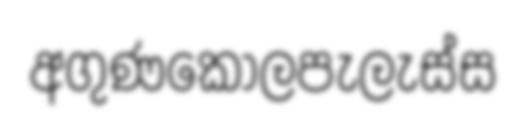
අගුණකොලපැලැස්ස